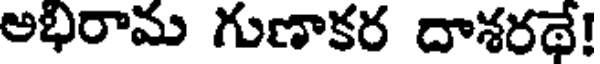
అభిరామ గుణాకర దాశరథే!